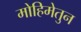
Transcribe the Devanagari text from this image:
मोहिमेतुन